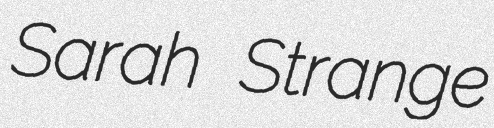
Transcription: Sarah Strange